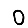
Digit: 0